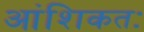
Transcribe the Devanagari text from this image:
आंशिकतः